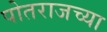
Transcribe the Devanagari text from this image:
पोतराजच्या